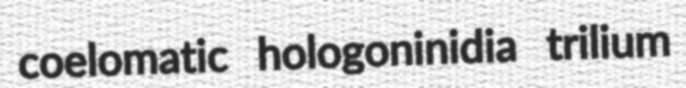
coelomatic hologoninidia trilium